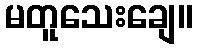
မတူသေးချေ။